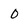
Character: 0